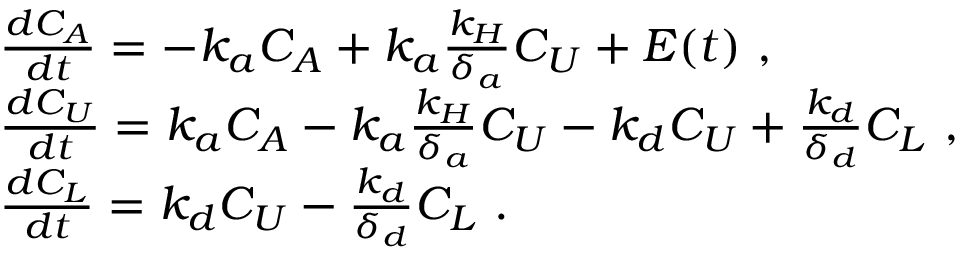
\begin{array} { r l } & { \frac { d C _ { A } } { d t } = - k _ { a } C _ { A } + k _ { a } \frac { k _ { H } } { \delta _ { a } } C _ { U } + E ( t ) \mathrm { ~ , } } \\ & { \frac { d C _ { U } } { d t } = k _ { a } C _ { A } - k _ { a } \frac { k _ { H } } { \delta _ { a } } C _ { U } - k _ { d } C _ { U } + \frac { k _ { d } } { \delta _ { d } } C _ { L } \mathrm { ~ , } } \\ & { \frac { d C _ { L } } { d t } = k _ { d } C _ { U } - \frac { k _ { d } } { \delta _ { d } } C _ { L } \mathrm { ~ . } } \end{array}